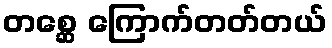
တစ္ဆေ ကြောက်တတ်တယ်